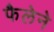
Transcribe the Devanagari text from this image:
फैलेने